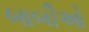
બાબીઓ